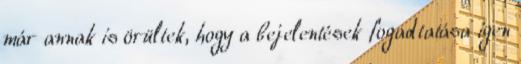
már annak is örültek, hogy a bejelentések fogadtatása igen